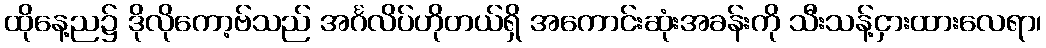
ထိုနေ့ည၌ ဒိုလိုကော့ဗ်သည် အင်္ဂလိပ်ဟိုတယ်ရှိ အကောင်းဆုံးအခန်းကို သီးသန့်ငှားထားလေရာ၊